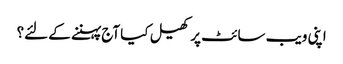
اپنی ویب سائٹ پر کھیل کیا آج پہننے کے لئے؟